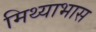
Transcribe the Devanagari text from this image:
मिथ्याभास